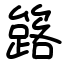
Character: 簬